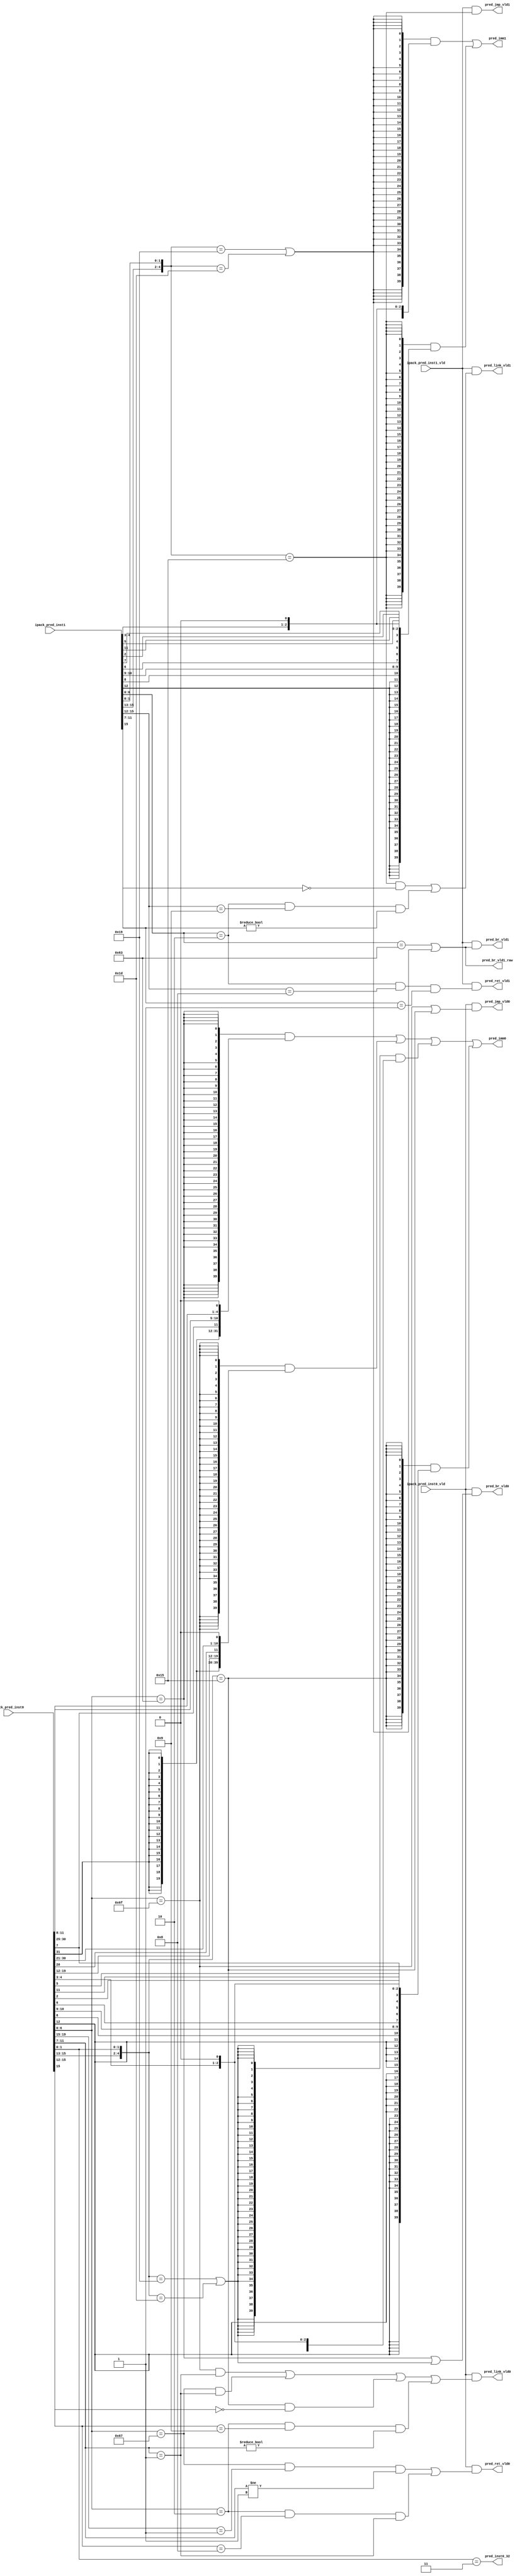
/*Copyright 2020-2021 T-Head Semiconductor Co., Ltd.

Licensed under the Apache License, Version 2.0 (the "License");
you may not use this file except in compliance with the License.
You may obtain a copy of the License at

    http://www.apache.org/licenses/LICENSE-2.0

Unless required by applicable law or agreed to in writing, software
distributed under the License is distributed on an "AS IS" BASIS,
WITHOUT WARRANTIES OR CONDITIONS OF ANY KIND, either express or implied.
See the License for the specific language governing permissions and
limitations under the License.
*/

// &ModuleBeg; @23
module aq_ifu_pre_decd(
  ipack_pred_inst0,
  ipack_pred_inst0_vld,
  ipack_pred_inst1,
  ipack_pred_inst1_vld,
  pred_br_vld0,
  pred_br_vld1,
  pred_br_vld1_raw,
  pred_imm0,
  pred_imm1,
  pred_inst0_32,
  pred_jmp_vld0,
  pred_jmp_vld1,
  pred_link_vld0,
  pred_link_vld1,
  pred_ret_vld0,
  pred_ret_vld1
);

// &Ports; @24
input   [31:0]  ipack_pred_inst0;    
input           ipack_pred_inst0_vld; 
input   [15:0]  ipack_pred_inst1;    
input           ipack_pred_inst1_vld; 
output          pred_br_vld0;        
output          pred_br_vld1;        
output          pred_br_vld1_raw;    
output  [39:0]  pred_imm0;           
output  [39:0]  pred_imm1;           
output          pred_inst0_32;       
output          pred_jmp_vld0;       
output          pred_jmp_vld1;       
output          pred_link_vld0;      
output          pred_link_vld1;      
output          pred_ret_vld0;       
output          pred_ret_vld1;       

// &Regs; @25

// &Wires; @26
wire    [39:0]  btype_imm;           
wire            btype_vld;           
wire            btype_vld1;          
wire    [39:0]  cbtype_imm0;         
wire    [39:0]  cbtype_imm1;         
wire            cbtype_vld0;         
wire            cbtype_vld1;         
wire            cjlrtype_vld0;       
wire            cjlrtype_vld1;       
wire            cjltype_vld0;        
wire            cjltype_vld1;        
wire            cjrtype_vld0;        
wire            cjrtype_vld1;        
wire    [39:0]  cjtype_imm0;         
wire    [39:0]  cjtype_imm1;         
wire            cjtype_vld0;         
wire            cjtype_vld1;         
wire    [31:0]  inst0;               
wire    [39:0]  inst0_imm;           
wire    [15:0]  inst1;               
wire    [39:0]  inst1_imm;           
wire    [31:0]  ipack_pred_inst0;    
wire            ipack_pred_inst0_vld; 
wire    [15:0]  ipack_pred_inst1;    
wire            ipack_pred_inst1_vld; 
wire            jlrtype_vld;         
wire            jltype_vld;          
wire            jrtype_vld;          
wire    [39:0]  jtype_imm;           
wire            jtype_vld;           
wire            pred_br_vld0;        
wire            pred_br_vld1;        
wire            pred_br_vld1_raw;    
wire    [39:0]  pred_imm0;           
wire    [39:0]  pred_imm1;           
wire            pred_inst0_32;       
wire            pred_jmp_vld0;       
wire            pred_jmp_vld1;       
wire            pred_link_vld0;      
wire            pred_link_vld1;      
wire            pred_ret_vld0;       
wire            pred_ret_vld1;       


//==========================================================
// Pre-Decode Module
// 1. First Inst Decode
// 2. Second Inst Decode
//==========================================================

//------------------------------------------------
// 1. First Inst Decode
// a. 32-bit Decode, Branch, Jal and Jalr X1
// b. 16-bit Decode, Branch, Jal and Jalr X1
//------------------------------------------------

assign inst0[31:0] = ipack_pred_inst0[31:0];
assign inst1[15:0] = ipack_pred_inst1[15:0];

// a. 32-bit Decode, Jal, Branch and Jalr X1

// B-Type: BEQ BNE BLT BGE BLTU BGEU
assign btype_vld       = inst0[6:0] == 7'b1100011;
assign btype_imm[39:0] = {{28{inst0[31]}}, inst0[7], inst0[30:25], 
                         inst0[11:8], 1'b0};

// J-Type: JAL
assign jtype_vld       = inst0[6:0] == 7'b1101111;
assign jtype_imm[39:0] = {{20{inst0[31]}}, inst0[19:12], inst0[20], 
                         inst0[30:21], 1'b0};

// Jr-Type: JALR X1
assign jrtype_vld      = inst0[6:0] == 7'b1100111 && inst0[19:15] == 5'b1
                      && inst0[11:7] != 5'b1;

// TODO: JALR JL
assign jltype_vld      = jtype_vld && inst0[11:7] == 5'b1;
assign jlrtype_vld     = inst0[6:0] == 7'b1100111 && inst0[11:7] == 5'b1;

// b. 16-bit Decode, Branch, Jal and Jalr X1

// CB-Type: C.BEQZ C.BNEZ
assign cbtype_vld0       = {inst0[15:13], inst0[1:0]} == 5'b11001 ||
                           {inst0[15:13], inst0[1:0]} == 5'b11101;
assign cbtype_imm0[39:0] = {{32{inst0[12]}}, inst0[6:5], inst0[2],
                           inst0[11:10], inst0[4:3], 1'b0}; 

// CJ-Type: C.J ///C.JAL removed
assign cjtype_vld0       = {inst0[15:13], inst0[1:0]} == 5'b10101;
assign cjtype_imm0[39:0] = {{29{inst0[12]}}, inst0[8], inst0[10:9], 
                           inst0[6], inst0[7], inst0[2], inst0[11],
                           inst0[5:3], 1'b0};

// CJr-Type: 
assign cjrtype_vld0      = inst0[6:0] == 7'b10 && inst0[15:12] == 4'b1000
                        && inst0[11:7] == 5'b1;

// Imm for Inst0
assign inst0_imm[39:0] = {40{  btype_vld}} &   btype_imm[39:0] |
                         {40{  jtype_vld}} &   jtype_imm[39:0] |
                         {40{cbtype_vld0}} & cbtype_imm0[39:0] |
                         {40{cjtype_vld0}} & cjtype_imm0[39:0] ;

// TODO
assign cjltype_vld0 = cjtype_vld0 && !inst0[15];

assign cjlrtype_vld0     = inst0[6:0] == 7'b10 && inst0[15:12] == 4'b1001
                        && inst0[11:7] != 5'b0;

//------------------------------------------------
// 2. Second Inst Decode
// 16-bit Decode, Jal, Branch and Jalr X1
//------------------------------------------------

assign btype_vld1        = inst1[6:0] == 7'b1100011;
// 16-bit Decode, Jal, Branch and Jalr X1
// CB-Type: C.BEQZ C.BNEZ
assign cbtype_vld1       = {inst1[15:13], inst1[1:0]} == 5'b11001 ||
                           {inst1[15:13], inst1[1:0]} == 5'b11101;
assign cbtype_imm1[39:0] = {{32{inst1[12]}}, inst1[6:5], inst1[2],
                           inst1[11:10], inst1[4:3], 1'b0}; 

// CJ-Type: C.J /// C.JAL removed
assign cjtype_vld1       = {inst1[15:13], inst1[1:0]} == 5'b10101;
assign cjtype_imm1[39:0] = {{29{inst1[12]}}, inst1[8], inst1[10:9], 
                           inst1[6], inst1[7], inst1[2], inst1[11],
                           inst1[5:3], 1'b0};

// CJr-Type: C.JALR X1
assign cjrtype_vld1      = inst1[6:0] == 7'b10 && inst1[15:12] == 4'b1000
                        && inst1[11:7] == 5'b1;

// TODO
assign cjltype_vld1 = cjtype_vld1 && !inst1[15];

assign cjlrtype_vld1     = inst1[6:0] == 7'b10 && inst1[15:12] == 4'b1001
                        && inst1[11:7] != 5'b0;


// Imm for Inst1
assign inst1_imm[39:0] = {40{cbtype_vld1}} & cbtype_imm1[39:0] |
                         {40{cjtype_vld1}} & cjtype_imm1[39:0] ;

//==========================================================
// Rename for Output
//==========================================================

// Output to id prediction
assign pred_br_vld0    = ipack_pred_inst0_vld && (btype_vld || cbtype_vld0);
assign pred_jmp_vld0   = ipack_pred_inst0_vld && (jtype_vld || cjtype_vld0);
assign pred_link_vld0  = ipack_pred_inst0_vld && (jltype_vld || jlrtype_vld || cjltype_vld0 || cjlrtype_vld0);
assign pred_ret_vld0   = ipack_pred_inst0_vld && (jrtype_vld || cjrtype_vld0);
assign pred_imm0[39:0] = inst0_imm[39:0];
assign pred_inst0_32   = inst0[1:0] == 2'b11;

assign pred_br_vld1    = ipack_pred_inst1_vld && (btype_vld1 || cbtype_vld1);
assign pred_br_vld1_raw = btype_vld1 || cbtype_vld1;
assign pred_jmp_vld1   = ipack_pred_inst1_vld && (cjtype_vld1);
assign pred_link_vld1  = ipack_pred_inst1_vld && (cjltype_vld1 || cjlrtype_vld1);
assign pred_ret_vld1   = ipack_pred_inst1_vld && (cjrtype_vld1);
assign pred_imm1[39:0] = inst1_imm[39:0];

// &ModuleEnd; @146
endmodule